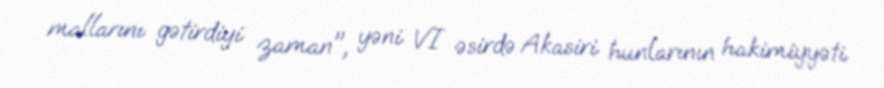
mallarını gətirdiyi zaman", yəni VI əsirdə Akasiri hunlarının hakimiyyəti